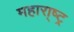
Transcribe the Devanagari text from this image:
महारा़्ष्ट्र